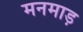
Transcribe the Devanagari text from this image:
मनमाड़